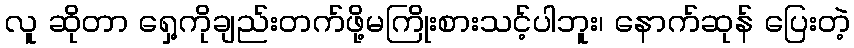
လူ ဆိုတာ ရှေ့ကိုချည်းတက်ဖို့မကြိုးစားသင့်ပါဘူး၊ နောက်ဆုန် ပြေးတဲ့